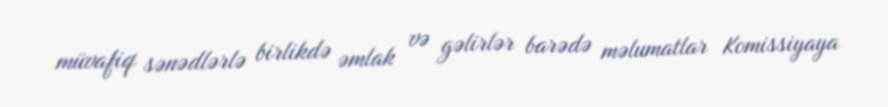
müvafiq sənədlərlə birlikdə əmlak və gəlirlər barədə məlumatlar Komissiyaya